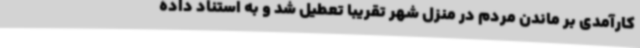
کارآمدی بر ماندن مردم در منزل شهر تقریباً تعطیل شد و به استناد داده